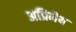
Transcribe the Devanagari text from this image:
अप्रिमेय